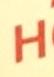
h